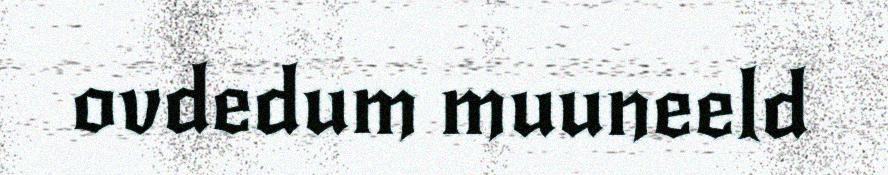
ovdedum muuneeld